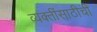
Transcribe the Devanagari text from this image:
व्यक्तींसाठीची